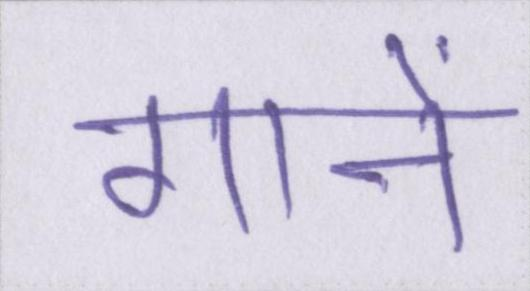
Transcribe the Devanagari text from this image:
गानें